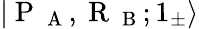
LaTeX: |\mathrm{~P~}_{\mathrm{~A~}},\mathrm{~R~}_{\mathrm{~B~}};1_{\pm}\rangle